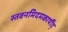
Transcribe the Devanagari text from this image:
स्तवनमिदमकार्षीद्